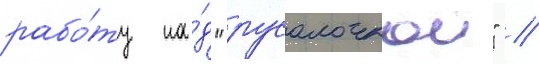
рабо́ту на́д "русалочкои" //